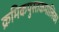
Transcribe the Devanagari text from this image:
क्रमिकपुस्तकमालिका